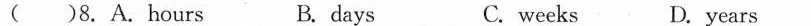
( ) 8.A.hours B.days C.weeks D.years